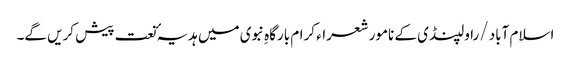
اسلام آباد /راولپنڈی کے نامور شعراء کرام بارگاہِ نبوی میں ہدیہٴ نعت پیش کریں گے۔